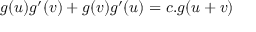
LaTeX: g ( u ) g ^ { \prime } ( v ) + g ( v ) g ^ { \prime } ( u ) = c . g ( u + v )